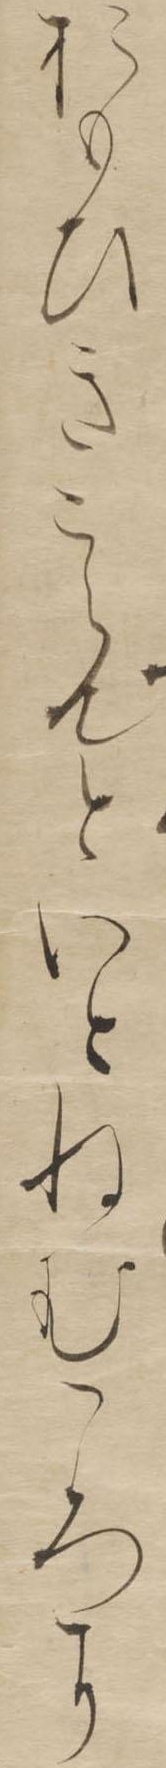
おもひきこえんといとねむころに